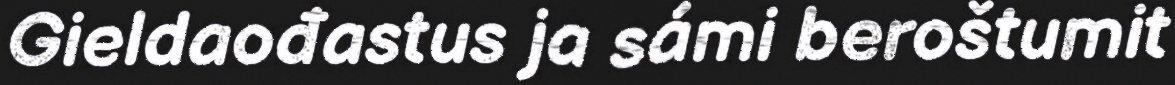
Gieldaođastus ja sámi beroštumit